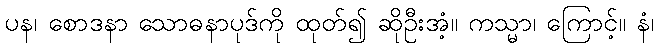
ပန၊ စောဒနာ သောဓနာပုဒ်ကို ထုတ်၍ ဆိုဦးအံ့။ ကသ္မာ၊ ကြောင့်။ နံ၊